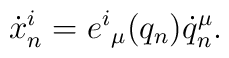
\dot x^i_n=e^i{}_ \mu( q _n) \dot q^ \mu _n.